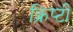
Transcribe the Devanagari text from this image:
क्रिप्टी